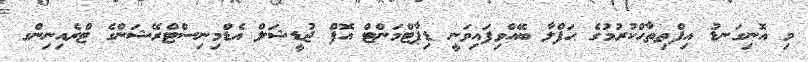
މި އޮނިގަނޑު އިފްތިތާޙްކުރުމުގެ ޙަފްލާ ބޭއްވިފައިވަނީ ޑިޕާޓްމަންޓް އޮފް ޖުޑީޝަލް އެޑްމިނިސްޓްރޭޝަންގެ ޓްރެއިނިންގ